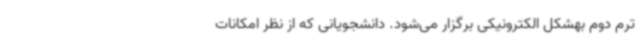
ترم دوم بهشکل الکترونیکی برگزار می‌شود. دانشجویانی که از نظر امکانات